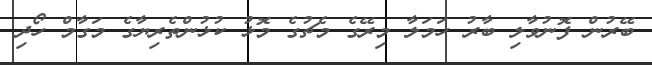
ބޭރުން ފޮނުވާލި ބާރު ހަމަލާ މިރޭގެ މެޗުގެ މޮޅު ކުޅުންތެރިޔާގެ މަގާމް ހޯދި